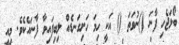
ބޯޅަޖެހި ފާނަ ()ނުވަތަ () އަކީ ހިމަ ހަށިގަނޑެއް ލިބިފައިވާ ފާނައެކެވެ. މިއީ